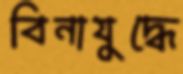
বিনাযুদ্ধে